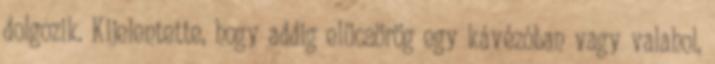
dolgozik. Kijelentette, hogy addig elücsörög egy kávézóban vagy valahol,